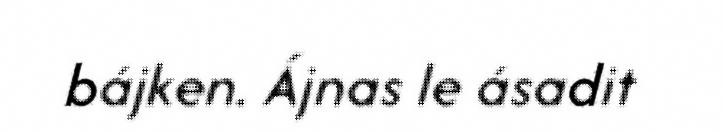
bájken. Ájnas le ásadit